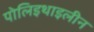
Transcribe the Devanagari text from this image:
पोलिइथाइलीन